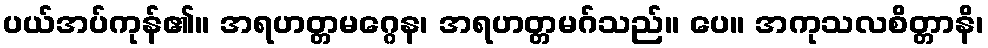
ပယ်အပ်ကုန်၏။ အရဟတ္တမဂ္ဂေန၊ အရဟတ္တမဂ်သည်။ ပေ။ အကုသလစိတ္တာနိ၊